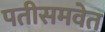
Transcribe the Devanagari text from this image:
पतीसमवेत